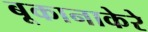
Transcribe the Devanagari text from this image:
बूकानाकेरे